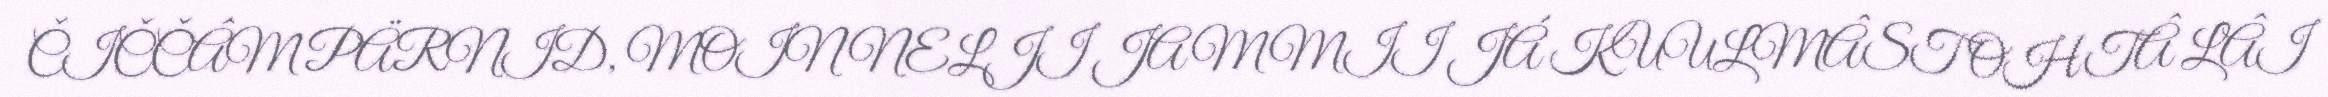
ČIČČÂM PÄRNID, MOIN NELJI JAMMII JÁ KUULMÂST OHTÂ LÂI